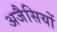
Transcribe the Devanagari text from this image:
अजैसियों